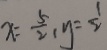
x = \frac { 5 } { 2 } , y = \frac { 1 } { 2 }